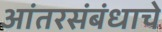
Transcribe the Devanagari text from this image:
आंतरसंबंधाचे